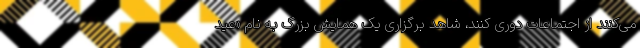
می‌کنند از اجتماعات دوری کنند، شاهد برگزاری یک همایش بزرگ به نام «عید